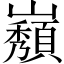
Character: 𡾫